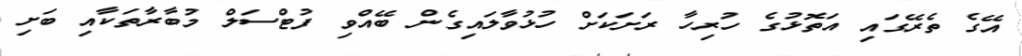
އޭގެ ތެރޭގައި އަތޮޅުގެ ހުރިހާ ރަށަކަށް ހުޅުވާލައިގެން ބޭއްވި ފުޓްސަލް މުބާރާތަކާއި ބަށި